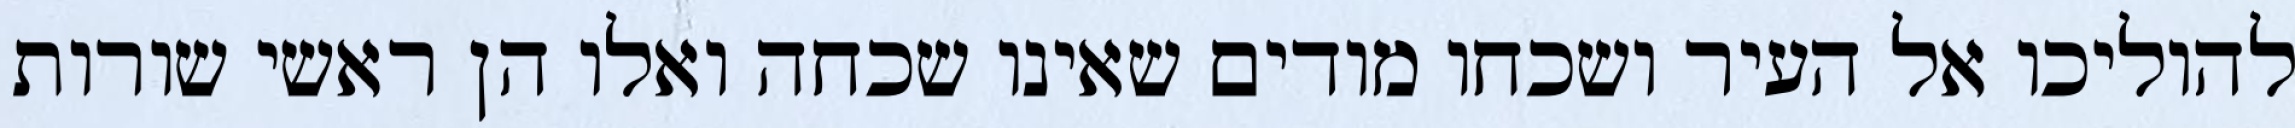
להוליכו אל העיר ושכחו מודים שאינו שכחה ואלו הן ראשי שורות